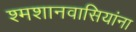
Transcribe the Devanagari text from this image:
श्मशानवासियांना